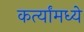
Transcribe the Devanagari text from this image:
कर्त्यांमध्ये